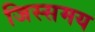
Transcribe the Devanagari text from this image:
जिस्समय